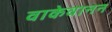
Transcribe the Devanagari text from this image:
वाकेवानन